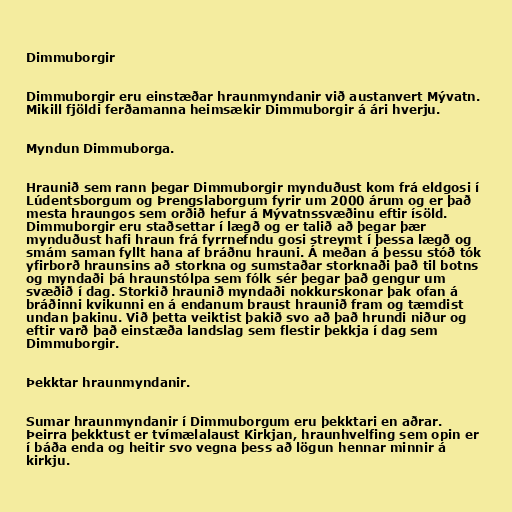
Dimmuborgir

Dimmuborgir eru einstæðar hraunmyndanir við austanvert Mývatn.
Mikill fjöldi ferðamanna heimsækir Dimmuborgir á ári hverju.

Myndun Dimmuborga.

Hraunið sem rann þegar Dimmuborgir mynduðust kom frá eldgosi í
Lúdentsborgum og Þrengslaborgum fyrir um 2000 árum og er það
mesta hraungos sem orðið hefur á Mývatnssvæðinu eftir ísöld.
Dimmuborgir eru staðsettar í lægð og er talið að þegar þær
mynduðust hafi hraun frá fyrrnefndu gosi streymt í þessa lægð og
smám saman fyllt hana af bráðnu hrauni. Á meðan á þessu stóð tók
yfirborð hraunsins að storkna og sumstaðar storknaði það til botns
og myndaði þá hraunstólpa sem fólk sér þegar það gengur um
svæðið í dag. Storkið hraunið myndaði nokkurskonar þak ofan á
bráðinni kvikunni en á endanum braust hraunið fram og tæmdist
undan þakinu. Við þetta veiktist þakið svo að það hrundi niður og
eftir varð það einstæða landslag sem flestir þekkja í dag sem
Dimmuborgir.

Þekktar hraunmyndanir.

Sumar hraunmyndanir í Dimmuborgum eru þekktari en aðrar.
Þeirra þekktust er tvímælalaust Kirkjan, hraunhvelfing sem opin er
í báða enda og heitir svo vegna þess að lögun hennar minnir á
kirkju.